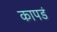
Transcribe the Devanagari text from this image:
कापडं